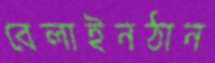
বেলাইনঠান